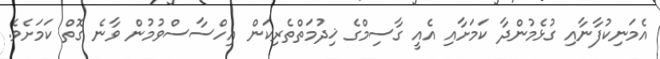
އެމަނިކުފާނާއި ގުޅެމުންދާ ކަމަށާއި އެއީ ގާސިމްގެ ޚިދުމަތްތެރިކަން އިހްސާސްވުމުން ވާނެ ގޮތް ކަމަށެވެ.